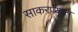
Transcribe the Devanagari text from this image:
साकरण्यात